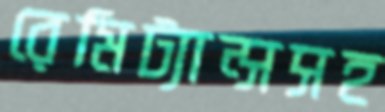
রেমিট্যান্সসহ